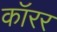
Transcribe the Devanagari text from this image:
कॉरर